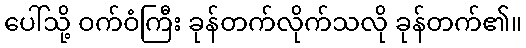
ပေါ်သို့ ဝက်ဝံကြီး ခုန်တက်လိုက်သလို ခုန်တက်၏။